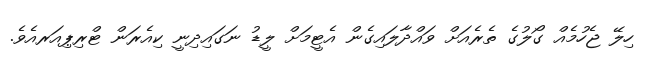
ހިލޭ ޖެހުމެއް ގޯލުގެ ތެރެއަށް ވައްދާލައިގެން އެޓީމަށް ލީޑު ނަގައިދިނީ ކިއެރަން ޓްރިޕިއަރއެވެ.